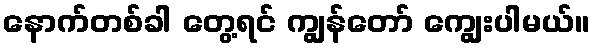
နောက်တစ်ခါ တွေ့ရင် ကျွန်တော် ကျွေးပါမယ်။